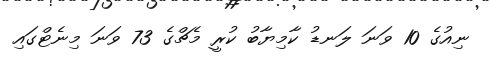
ނިއުގެ 10 ވަނަ ލަނޑު ކާމިޔާބު ކުރީ މެޗްގެ 73 ވަނަ މިނެޓްގައި